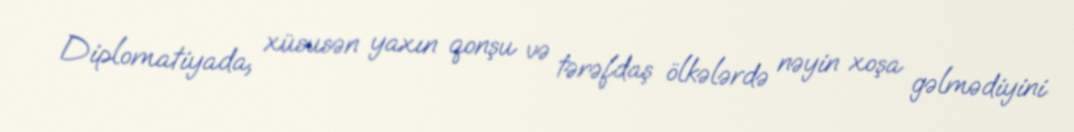
Diplomatiyada, xüsusən yaxın qonşu və tərəfdaş ölkələrdə nəyin xoşa gəlmədiyini